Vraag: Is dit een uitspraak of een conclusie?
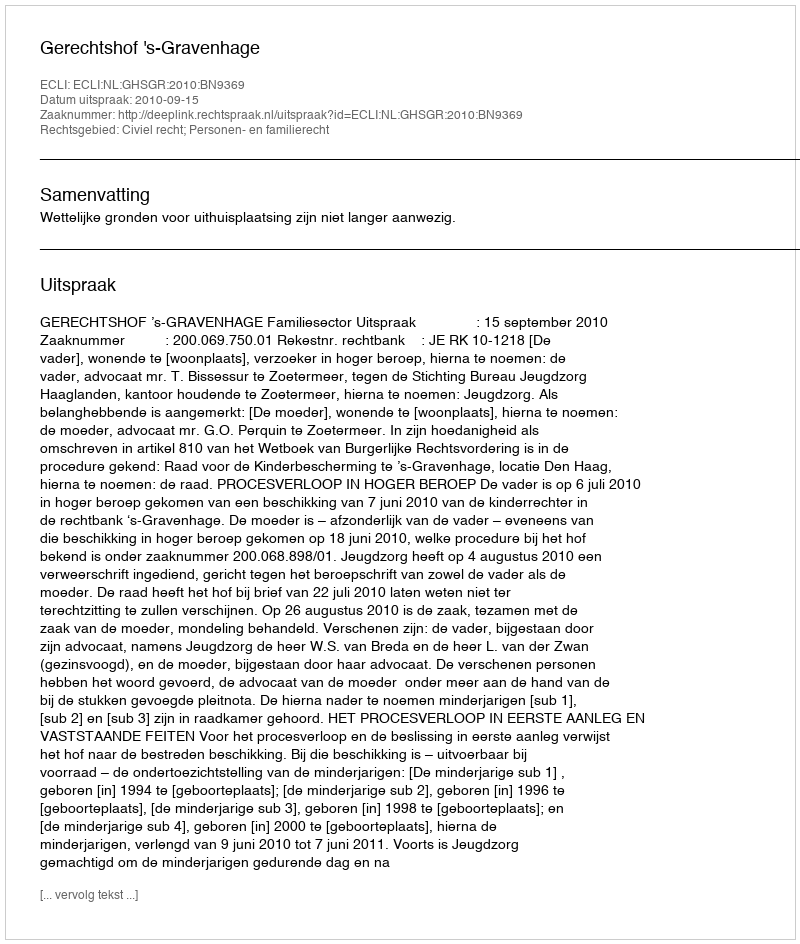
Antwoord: Uitspraak